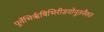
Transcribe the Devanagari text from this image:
पूर्वेभिर्ऋषिभिरीडयोनूतनैरुत